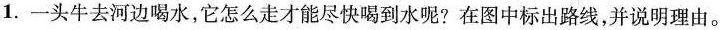
1.一头牛去河边喝水，它怎么走才能尽快喝到水呢?在图中标出路线，并说明理由。